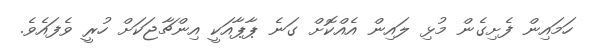
ހަމައިން ފެށިގެން މުޅި ލައިން އެއްކޮށް ގަނެ ޕާޕާއަކީ އިންޗާޖަކަށް ހުރީ ވެފައެވެ.